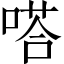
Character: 嗒